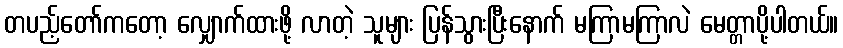
တပည့်တော်ကတော့ လျှောက်ထားဖို့ လာတဲ့ သူများ ပြန်သွားပြီးနောက် မကြာမကြာလဲ မေတ္တာပို့ပါတယ်။